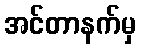
အင်တာနက်မှ